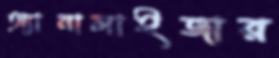
অ্যানালাইজার